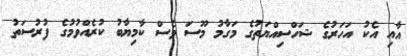
އާއި އެކު އަހަރުގެ ޝަހްސިއްޔަތުގެ މަގާމު މޫސަ ވެސް ކާމިޔާބު ކުރެއްވުމުގެ ފުރުސަތު